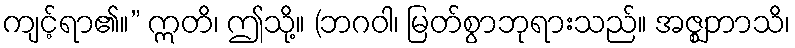
ကျင့်ရာ၏။” ဣတိ၊ ဤသို့။ (ဘဂဝါ၊ မြတ်စွာဘုရားသည်။ အဇ္ဈဘာသိ၊